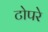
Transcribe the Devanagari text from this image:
टोपरे